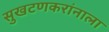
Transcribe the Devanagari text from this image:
सुखटणकरांनाला